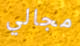
مجالي